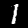
Digit: 1